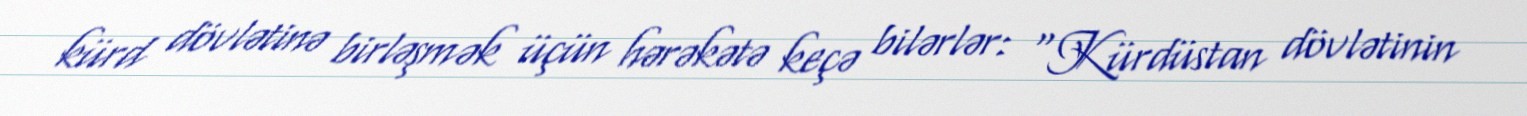
kürd dövlətinə birləşmək üçün hərəkətə keçə bilərlər: “Kürdüstan dövlətinin